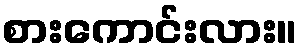
စားကောင်းလား။